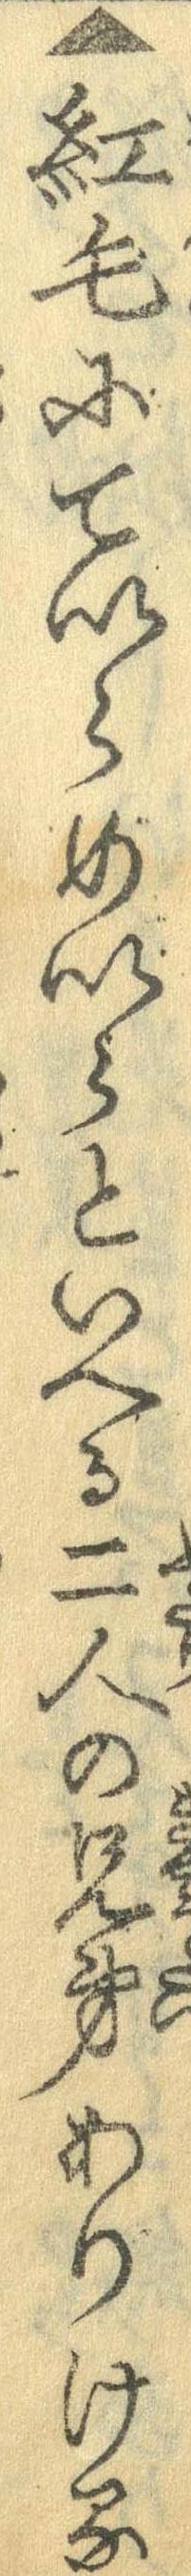
▲紅毛にていらめいらといへる二人の兄弟ありける